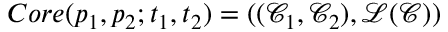
C o r e ( p _ { 1 } , p _ { 2 } ; t _ { 1 } , t _ { 2 } ) = ( ( \mathcal { C } _ { 1 } , \mathcal { C } _ { 2 } ) , \mathcal { L } ( \mathcal { C } ) )